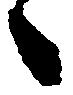
々